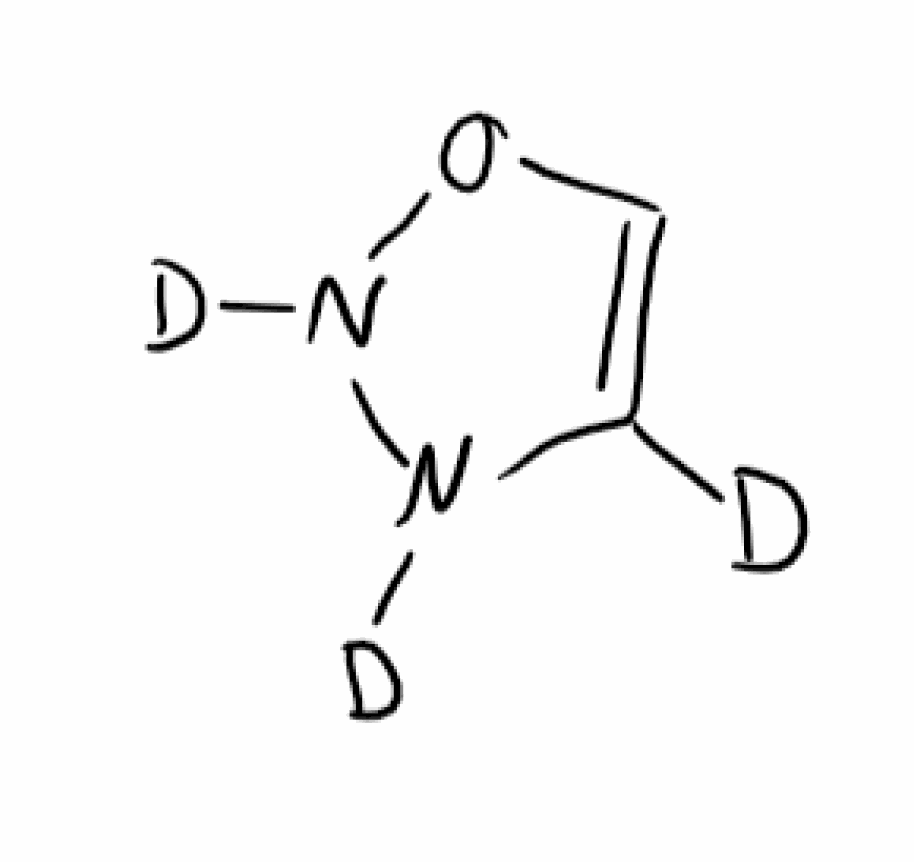
Simplified molecular-input line-entry system (SMILES) notation of the given molecule:
[2H]C1=CON(N1[2H])[2H]